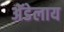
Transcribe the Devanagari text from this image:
अॅडेलाय